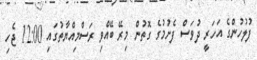
ފުލުހުންގެ އަހަރީ ދުވަސް ފެށުމުގެ ގޮތުން މިރޭ ބޭއްވި ރަސްމިއްޔާތުގައި 12:00 ޖެހި